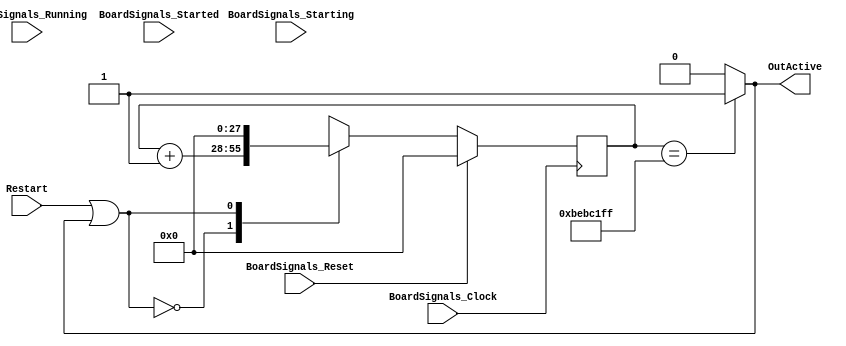
`timescale 1ns/1ps
`default_nettype none
// PLEASE READ THIS, IT MAY SAVE YOU SOME TIME AND MONEY, THANK YOU!
// * This file was generated by Quokka FPGA Toolkit.
// * Generated code is your property, do whatever you want with it
// * Place custom code between [BEGIN USER ***] and [END USER ***].
// * CAUTION: All code outside of [USER] scope is subject to regeneration.
// * Bad things happen sometimes in developer's life,
//   it is recommended to use source control management software (e.g. git, bzr etc) to keep your custom code safe'n'sound.
// * Internal structure of code is subject to change.
//   You can use some of signals in custom code, but most likely they will not exist in future (e.g. will get shorter or gone completely)
// * Please send your feedback, comments, improvement ideas etc. to evmuryshkin@gmail.com
// * Visit https://github.com/EvgenyMuryshkin/QuokkaEvaluation to access latest version of playground
//
// DISCLAIMER:
//   Code comes AS-IS, it is your responsibility to make sure it is working as expected
//   no responsibility will be taken for any loss or damage caused by use of Quokka toolkit.
//
// System configuration name is VGAAlienArtModule_TopLevel_VGAAlienArtModule_patternTimer, clock frequency is 1Hz, Embedded
// FSM summary
// -- Packages
module VGAAlienArtModule_TopLevel_VGAAlienArtModule_patternTimer
(
	// [BEGIN USER PORTS]
	// [END USER PORTS]
	input wire BoardSignals_Clock,
	input wire BoardSignals_Reset,
	input wire BoardSignals_Running,
	input wire BoardSignals_Starting,
	input wire BoardSignals_Started,
	input wire Restart,
	output wire OutActive
);
	// [BEGIN USER SIGNALS]
	// [END USER SIGNALS]
	localparam HiSignal = 1'b1;
	localparam LoSignal = 1'b0;
	wire Zero = 1'b0;
	wire One = 1'b1;
	wire true = 1'b1;
	wire false = 1'b0;
	wire [27: 0] countTo = 28'b1011111010111100000111111111;
	wire [4: 0] CapacityBits = 5'b11100;
	wire TimerModule_L51F9L53T10_TimerModule_L52F79T80_Expr = 1'b0;
	wire TimerModule_L51F9L53T10_TimerModule_L52F100T101_Expr = 1'b1;
	wire Inputs_Restart;
	reg [27: 0] NextState_counter;
	wire active;
	wire TimerModule_L51F9L53T10_TimerModule_L52F63T81_Source;
	wire [27: 0] TimerModule_L51F9L53T10_TimerModule_L52F33T124_Resize;
	wire [27: 0] TimerModule_L51F9L53T10_TimerModule_L52F33T135_SignChange;
	reg [27: 0] State_counter = 28'b0000000000000000000000000000;
	wire [27: 0] State_counterDefault = 28'b0000000000000000000000000000;
	wire TimerModule_L51F9L53T10_TimerModule_L52F35T59_Expr;
	wire TimerModule_L51F9L53T10_TimerModule_L52F35T59_Expr_1;
	wire TimerModule_L51F9L53T10_TimerModule_L52F35T59_Expr_2;
	wire [29: 0] TimerModule_L51F9L53T10_TimerModule_L52F84T101_Expr;
	wire signed [29: 0] TimerModule_L51F9L53T10_TimerModule_L52F84T101_Expr_1;
	wire signed [29: 0] TimerModule_L51F9L53T10_TimerModule_L52F84T101_Expr_2;
	wire TimerModule_L47F24T48_Expr;
	wire signed [28: 0] TimerModule_L47F24T48_ExprLhs;
	wire signed [28: 0] TimerModule_L47F24T48_ExprRhs;
	reg [27: 0] TimerModule_L51F9L53T10_TimerModule_L52F34T101_Lookup;
	wire TimerModule_L51F9L53T10_TimerModule_L52F34T101_LookupMultiplexerAddress;
	wire [27: 0] TimerModule_L51F9L53T10_TimerModule_L52F34T101_Lookup1;
	wire [27: 0] TimerModule_L51F9L53T10_TimerModule_L52F34T101_Lookup2;
	always @ (posedge BoardSignals_Clock)
	begin
		if ((BoardSignals_Reset == 1))
		begin
			State_counter <= State_counterDefault;
		end
		else
		begin
			State_counter <= NextState_counter;
		end
	end
	assign TimerModule_L47F24T48_Expr = TimerModule_L47F24T48_ExprLhs == TimerModule_L47F24T48_ExprRhs ? 1'b1 : 1'b0;
	assign TimerModule_L51F9L53T10_TimerModule_L52F35T59_Expr = TimerModule_L51F9L53T10_TimerModule_L52F35T59_Expr_1 | TimerModule_L51F9L53T10_TimerModule_L52F35T59_Expr_2;
	assign TimerModule_L51F9L53T10_TimerModule_L52F84T101_Expr = TimerModule_L51F9L53T10_TimerModule_L52F84T101_Expr_1 + TimerModule_L51F9L53T10_TimerModule_L52F84T101_Expr_2;
	always @ (*)
	begin
		case (TimerModule_L51F9L53T10_TimerModule_L52F34T101_LookupMultiplexerAddress)
			'b0:
			begin
				TimerModule_L51F9L53T10_TimerModule_L52F34T101_Lookup = TimerModule_L51F9L53T10_TimerModule_L52F34T101_Lookup1;
			end
			'b1:
			begin
				TimerModule_L51F9L53T10_TimerModule_L52F34T101_Lookup = TimerModule_L51F9L53T10_TimerModule_L52F34T101_Lookup2;
			end
			default:
			begin
				TimerModule_L51F9L53T10_TimerModule_L52F34T101_Lookup = 'b0000000000000000000000000000;
			end
		endcase
	end
	always @ (*)
	begin
		NextState_counter = State_counter;
		NextState_counter = TimerModule_L51F9L53T10_TimerModule_L52F33T135_SignChange;
	end
	assign TimerModule_L47F24T48_ExprLhs = { {1{1'b0}}, State_counter }/*expand*/;
	assign TimerModule_L47F24T48_ExprRhs = { {1{1'b0}}, countTo }/*expand*/;
	assign TimerModule_L51F9L53T10_TimerModule_L52F35T59_Expr_1 = Inputs_Restart;
	assign TimerModule_L51F9L53T10_TimerModule_L52F35T59_Expr_2 = active;
	assign TimerModule_L51F9L53T10_TimerModule_L52F84T101_Expr_1 = { {2{1'b0}}, State_counter }/*expand*/;
	assign TimerModule_L51F9L53T10_TimerModule_L52F84T101_Expr_2 = { {29{1'b0}}, TimerModule_L51F9L53T10_TimerModule_L52F100T101_Expr }/*expand*/;
	assign Inputs_Restart = Restart;
	assign active = TimerModule_L47F24T48_Expr;
	assign TimerModule_L51F9L53T10_TimerModule_L52F63T81_Source = TimerModule_L51F9L53T10_TimerModule_L52F79T80_Expr;
	assign TimerModule_L51F9L53T10_TimerModule_L52F33T124_Resize = TimerModule_L51F9L53T10_TimerModule_L52F34T101_Lookup;
	assign TimerModule_L51F9L53T10_TimerModule_L52F33T135_SignChange = TimerModule_L51F9L53T10_TimerModule_L52F33T124_Resize;
	assign OutActive = active;
	assign TimerModule_L51F9L53T10_TimerModule_L52F34T101_Lookup1 = TimerModule_L51F9L53T10_TimerModule_L52F84T101_Expr[27:0]/*truncate*/;
	assign TimerModule_L51F9L53T10_TimerModule_L52F34T101_Lookup2 = { {27{1'b0}}, TimerModule_L51F9L53T10_TimerModule_L52F63T81_Source }/*expand*/;
	assign TimerModule_L51F9L53T10_TimerModule_L52F34T101_LookupMultiplexerAddress = TimerModule_L51F9L53T10_TimerModule_L52F35T59_Expr;
	// [BEGIN USER ARCHITECTURE]
	// [END USER ARCHITECTURE]
endmodule